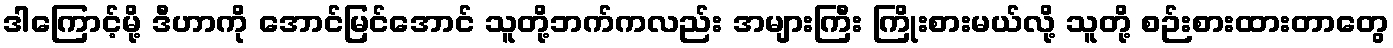
ဒါကြောင့်မို့ ဒီဟာကို အောင်မြင်အောင် သူတို့ဘက်ကလည်း အများကြီး ကြိုးစားမယ်လို့ သူတို့ စဉ်းစားထားတာတွေ